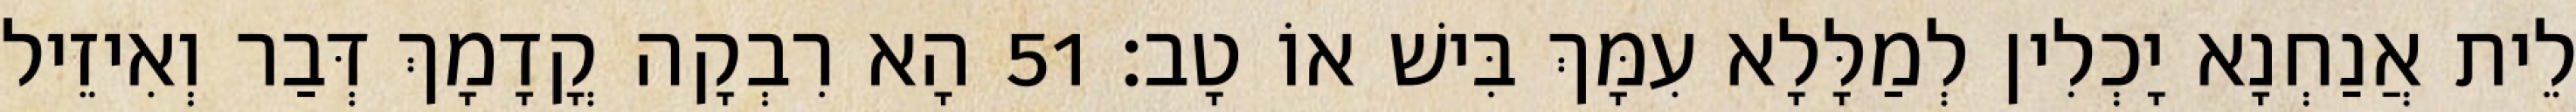
לֵית אֲנַחְנָא יָכְלִין לְמַלָּלָא עִמָּךְ בִּישׁ אוֹ טָב׃ 51 הָא רִבְקָה קֳדָמָךְ דְּבַר וְאִיזֵיל